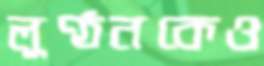
লুণ্ঠনকেও